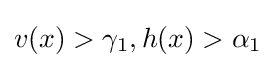
v(x)>\gamma _{1},h(x)>\alpha _{1}